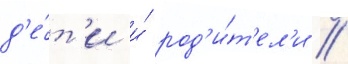
д'е́т'и и́ род'и́т'ел'и /